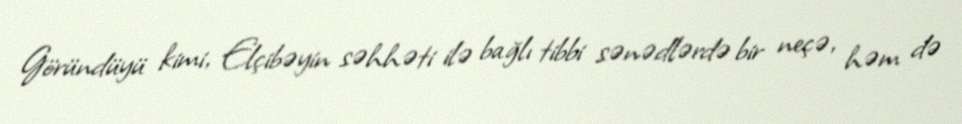
Göründüyü kimi, Elçibəyin səhhəti ilə bağlı tibbi sənədlərdə bir neçə, həm də